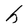
Character: h